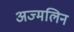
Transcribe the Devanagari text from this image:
अज्मलिन